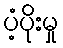
ပံ့ပိုးမှု